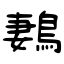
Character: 鶈